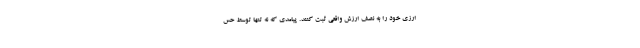
ارزی خود را به نصف ارزش واقعی ثبت کنند. پیامدی که نه تنها توسط حس